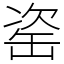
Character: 𦈱